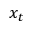
x _ { t }